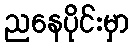
ညနေပိုင်းမှာ